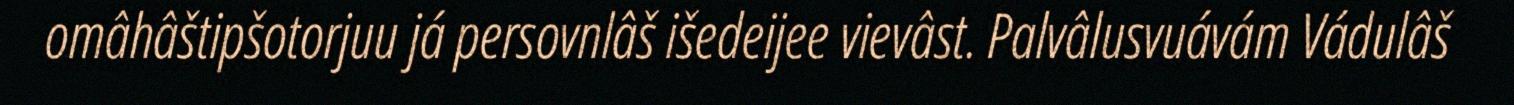
omâhâštipšotorjuu já persovnlâš išedeijee vievâst. Palvâlusvuávám Vádulâš